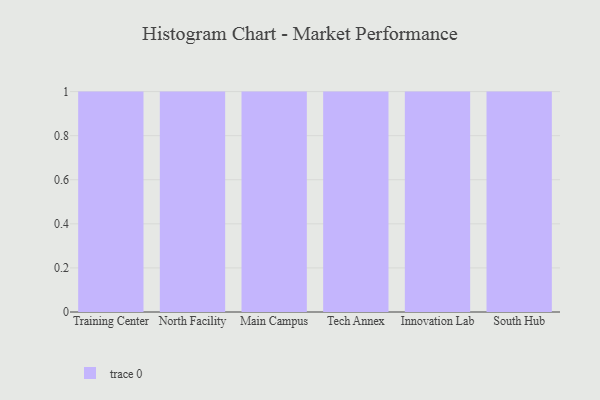
{"axis": {"x": "Campus", "y": "Net Income (USD K)"}, "legend": [""], "data": [{"x": "Training Center", "y": 82, "type": ""}, {"x": "North Facility", "y": 25, "type": ""}, {"x": "Main Campus", "y": 96, "type": ""}, {"x": "Tech Annex", "y": 67, "type": ""}, {"x": "Innovation Lab", "y": 1, "type": ""}, {"x": "South Hub", "y": 97, "type": ""}]}